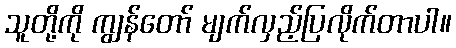
သူတို့ကို ကျွန်တော် မျက်လှည့်ပြလိုက်တာပါ။